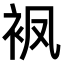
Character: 𧘺